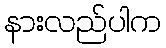
နားလည်ပါက